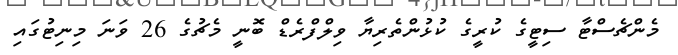
މެންޗެސްޓާ ސިޓީގެ ކުރީގެ ކުޅުންތެރިޔާ ވިލްފްރެޑް ބޮނީ މެޗުގެ 26 ވަނަ މިނިޓުގައި